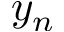
y _ { n }